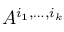
A ^ { i _ { 1 } , \dots , i _ { k } }